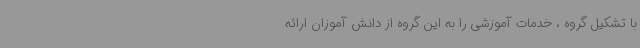
با تشکیل گروه ، خدمات آموزشی را به این گروه از دانش آموزان ارائه